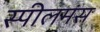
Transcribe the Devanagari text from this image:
स्पीलमंस